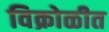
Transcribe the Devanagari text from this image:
विक्रोळीत